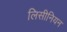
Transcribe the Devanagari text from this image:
लिसीनियन